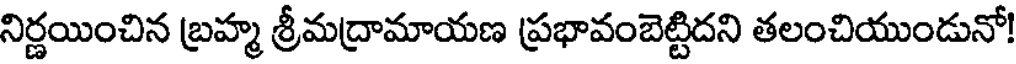
నిర్ణయించిన బ్రహ్మ శ్రీమద్రామాయణ ప్రభావంబెట్టిదని తలంచియుండునో!